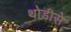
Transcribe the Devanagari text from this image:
थोडीसे